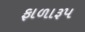
ફાળારૂપ